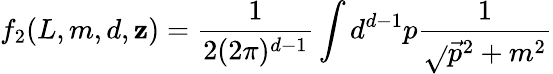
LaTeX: f_{2}(L,m,d,\mathbf{z})=\frac{{1}}{{2(2\pi)^{d-1}}}\int{d}^{d-1}p\frac{{1}}{{\sqrt{}{{\vec{{p}}^{2}+m^{2}}}}}